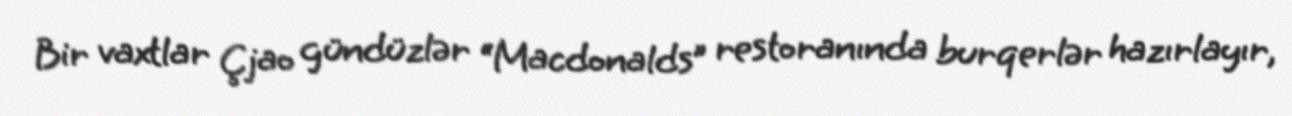
Bir vaxtlar Çjao gündüzlər “Macdonalds” restoranında burqerlər hazırlayır,